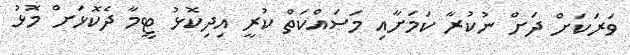
ވަރަކަށް ދަށް ނުކުރާ ކަމަށާއި މަސައްކަތް ކުރީ އިދިކޮޅު ޓީމާ ދެކޮޅަށް މޮޅު